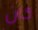
كان